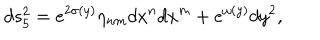
LaTeX: d s _ { 5 } ^ { 2 } = e ^ { 2 \sigma ( y ) } \eta _ { n m } d x ^ { n } d x ^ { m } + e ^ { \omega ( y ) } d y ^ { 2 } ,